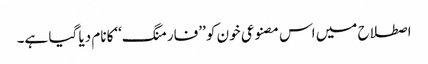
اصطلاح میں اس مصنوعی خون کو ’’فارمنگ‘‘کا نام دیا گیا ہے۔